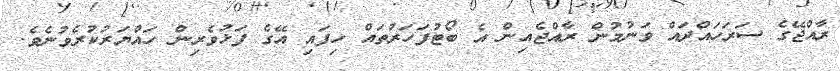
ރާއްޖޭގެ ސަރަހައްދައް ވަނުމުން ރާއްޖެއިން އެ ބޯޓުފަހަރުތައް ހިފައި އޭގެ ފަޅުވެރިން ހައްޔަރުކުރެވުނެވެ.